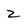
Character: 2